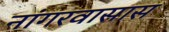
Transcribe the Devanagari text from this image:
नांगरवासास